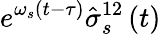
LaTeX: e^{\omega_{s}\left(t-\tau\right)}\hat{\sigma}_{s}^{12}\left(t\right)